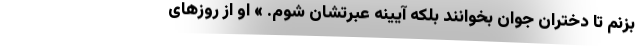
بزنم تا دختران جوان بخوانند بلکه آیینه عبرتشان شوم. » او از روزهای